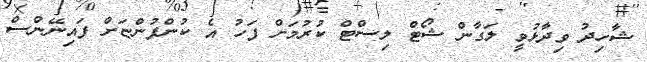
ޝާހިދު ވިދާޅުވީ ލަގާން ޝޯޓް ލިސްޓް ކުރުމަށް ފަހު އެ ކުންފުންޏަށް ފައިނޭންސް